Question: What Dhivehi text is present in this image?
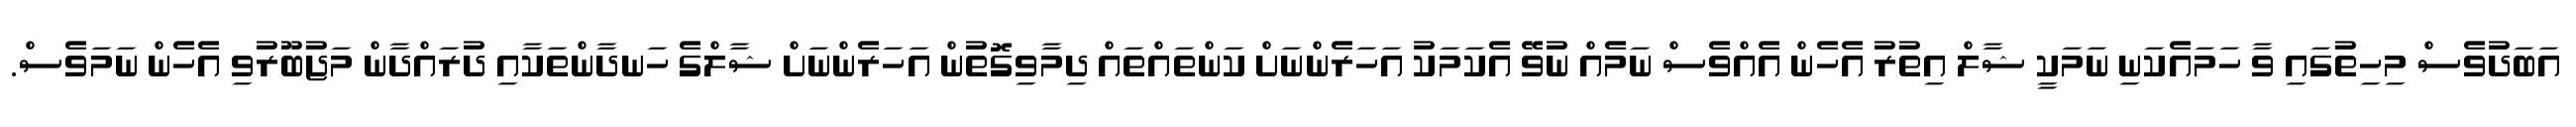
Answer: އަބަދުވެސް މިހިތުގައި ވާ ހަމައެކަނި ނަމަކީ ޝާލް އިތުރު އެހެން އެއްވެސް ނަމެއް ނުވޭ އެކަމަކު އަހަރެންނަށް ކަންތައްތައް ދިމާވިގޮތުން އަހަރެންނަށް ޝާލްގެ ހަނދާންތަކާއި ދުރައްދާން މަޖުބޫރުވި އެހެން ނަމަވެސް.